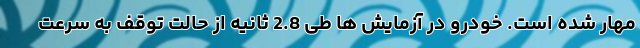
مهار شده است. خودرو در آزمایش ها طی 2.8 ثانیه از حالت توقف به سرعت